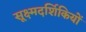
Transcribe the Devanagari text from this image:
सूक्ष्मदर्शिकियों